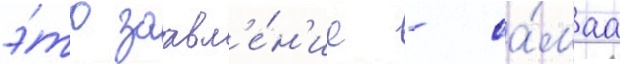
э́то заавл'е́н'ие - са́маа